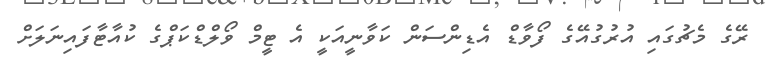
ރޭގެ މެޗުގައި އުރުގުއޭގެ ފޯވާޑް އެޑިންސަން ކަވާނީއަކީ އެ ޓީމް ވޯލްޑްކަޕްގެ ކުއާޓާފައިނަލަށް